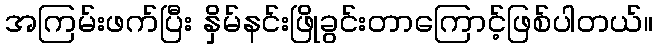
အကြမ်းဖက်ပြီး နှိမ်နင်းဖြိုခွင်းတာကြောင့်ဖြစ်ပါတယ်။